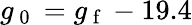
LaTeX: g_{\mathrm{~0~}}=g_{\mathrm{~f~}}-19.4